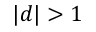
\vert d \vert > 1